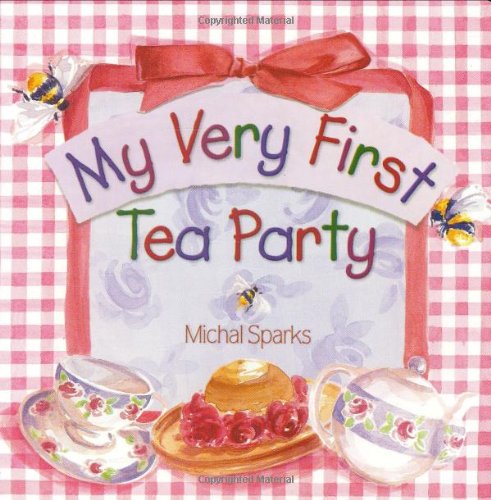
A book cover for My Very First Tea Party; Michal Sparks; Christian Books & Bibles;